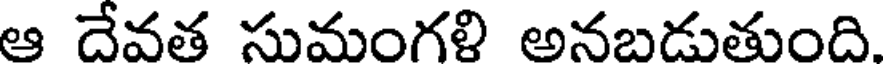
ఆ దేవత సుమంగళి అనబడుతుంది.